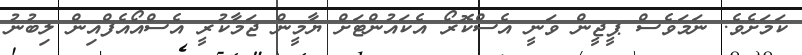
ކަމަށެވެ. ނަމަވެސް ޕީޖީން ވަނީ އެސްކޮރޯ އެކައުންޓަށް ޔާމީން ޖަމާކުރީ އެސްއޯއެފްއިން ލިބުނު